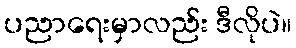
ပညာရေးမှာလည်း ဒီလိုပဲ။